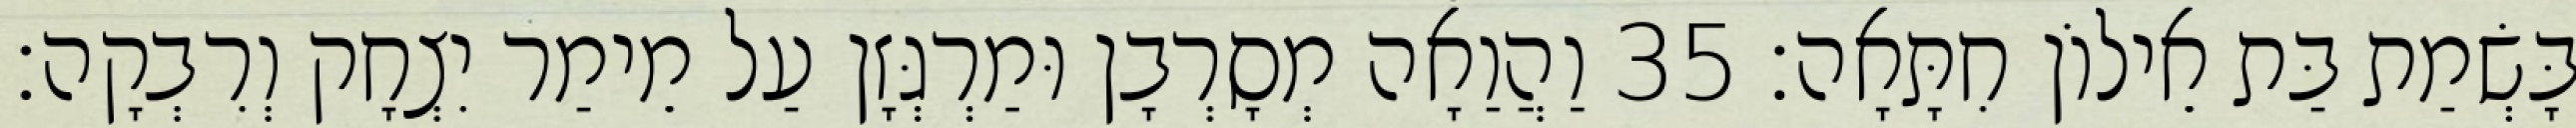
בָּשְׂמַת בַּת אֵילוֹן חִתָּאָה׃ 35 וַהֲוַאָה מְסָרְבָן וּמַרְגְּזָן עַל מֵימַר יִצְחָק וְרִבְקָה׃